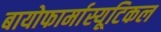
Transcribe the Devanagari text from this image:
बायोफार्मास्यूटिकल